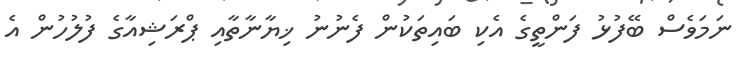
ނަމަވެސް ބޭފުޅު ފަންތީގެ އެކި ބައިތަކުން ފެނުނު ޚިޔާނާތާއި ޕްރަޝިއާގެ ފުލުހުން އެ